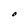
Character: O